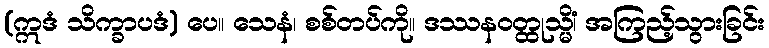
(ဣဒံ သိက္ခာပဒံ) ပေ။ သေနံ၊ စစ်တပ်ကို။ ဒဿနဝတ္ထုသ္မိံ၊ အကြည့်သွားခြင်း